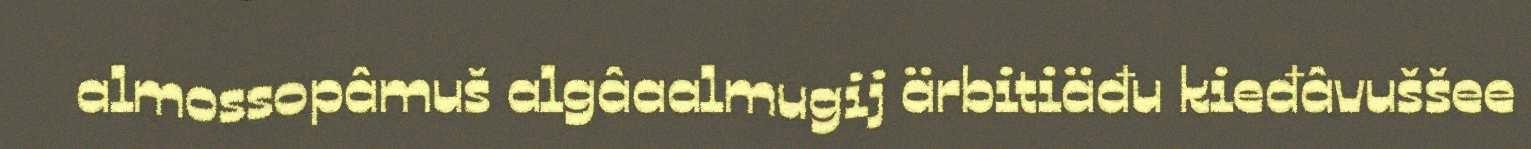
almossopâmuš algâaalmugij ärbitiäđu kieđâvuššee